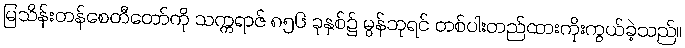
မြသိန်းတန်စေတီတော်ကို သက္ကရာဇ် ၈၅၆ ခုနှစ်၌ မွန်ဘုရင် တစ်ပါးတည်ထားကိုးကွယ်ခဲ့သည်။